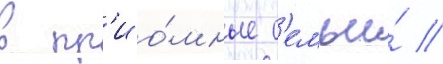
в пр'ио́мные с'емьи́ //